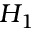
H _ { 1 }